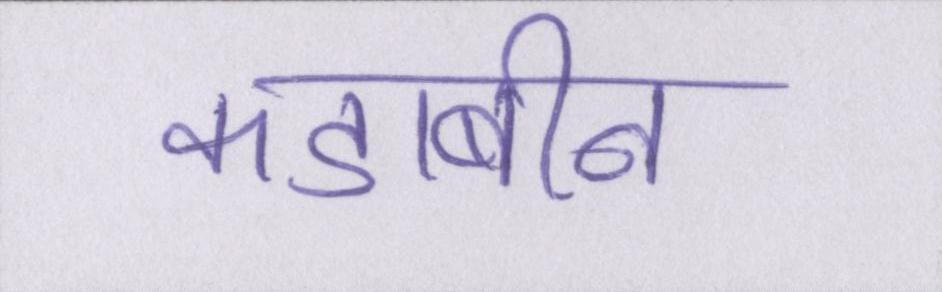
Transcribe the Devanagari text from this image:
कडाबीन